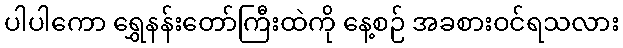
ပါပါကော ရွှေနန်းတော်ကြီးထဲကို နေ့စဉ် အခစားဝင်ရသလား